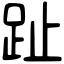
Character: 趾